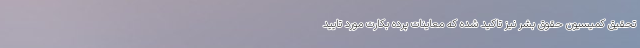
تحقیق کمیسیون حقوق بشر نیز تاکید شده که معاینات پرده بکارت مورد تایید